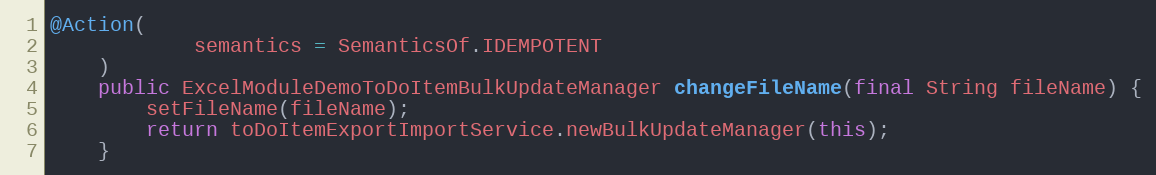
Language: Java
@Action(
            semantics = SemanticsOf.IDEMPOTENT
    )
    public ExcelModuleDemoToDoItemBulkUpdateManager changeFileName(final String fileName) {
        setFileName(fileName);
        return toDoItemExportImportService.newBulkUpdateManager(this);
    }